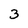
Character: 3